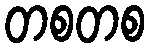
တစတစ